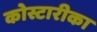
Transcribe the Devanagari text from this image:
कोस्टारीका